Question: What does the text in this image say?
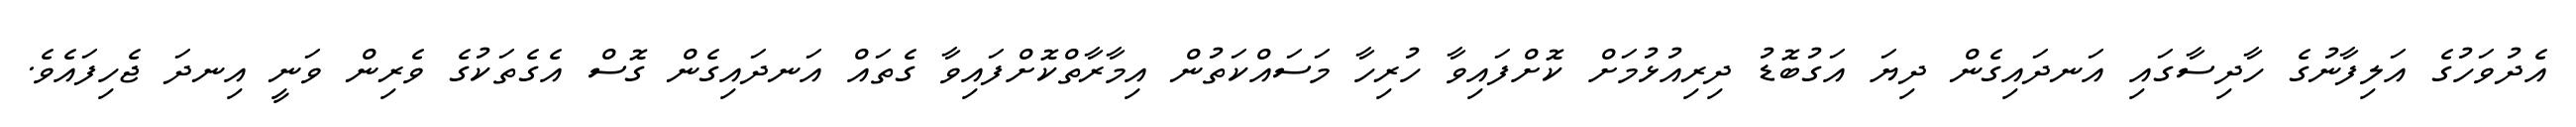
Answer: އެދުވަހުގެ އަލިފާނުގެ ހާދިސާގައި އަނދައިގެން ދިޔަ އަގުބޮޑު ދިރިއުޅުމަށް ކޮށްފައިވާ ހުރިހާ މަސައްކަތުން އިމާރާތްކޮށްފައިވާ ގެތައް އަނދައިގެން ގޮސް އެގެތަކުގެ ވެރިން ވަނީ އިނދަ ޖެހިފައެވެ.